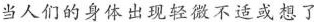
当人们的身体出现轻微不适或想了